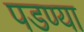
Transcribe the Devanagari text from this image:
पडण्या